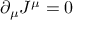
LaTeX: \partial _ { \mu } J ^ { \mu } = 0